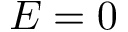
E = 0